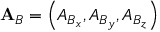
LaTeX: \mathbf { A } _ { B } = \left( A _ { B _ { x } } , A _ { B _ { y } } , A _ { B _ { z } } \right)